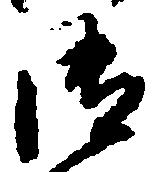
御